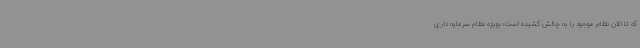
که تا الان نظام موجود را به چالش کشیده است؛ بویژه نظام سرمایه داری